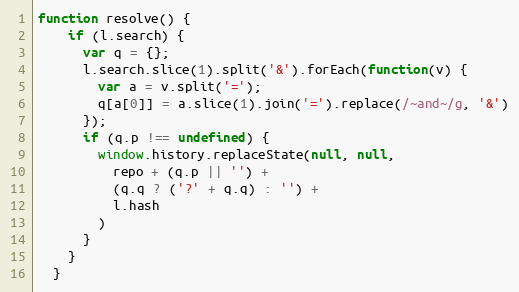
Language: JavaScript
function resolve() {
    if (l.search) {
      var q = {};
      l.search.slice(1).split('&').forEach(function(v) {
        var a = v.split('=');
        q[a[0]] = a.slice(1).join('=').replace(/~and~/g, '&')
      });
      if (q.p !== undefined) {
        window.history.replaceState(null, null,
          repo + (q.p || '') +
          (q.q ? ('?' + q.q) : '') +
          l.hash
        )
      }
    }
  }